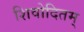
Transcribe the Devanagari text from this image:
शिवोदितम्